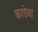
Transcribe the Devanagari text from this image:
काडेना